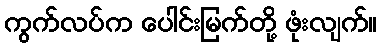
ကွက်လပ်က ပေါင်းမြက်တို့ ဖုံးလျက်။